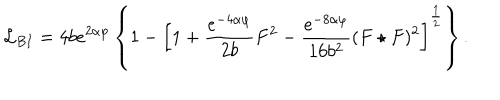
LaTeX: { \cal L } _ { B I } = 4 b e ^ { 2 \alpha \varphi } \left\{ 1 - \left[ 1 + \frac { e ^ { - 4 \alpha \varphi } } { 2 b } F ^ { 2 } - \frac { e ^ { - 8 \alpha \varphi } } { 1 6 b ^ { 2 } } ( F \star F ) ^ { 2 } \right] ^ { \frac { 1 } { 2 } } \right\} .